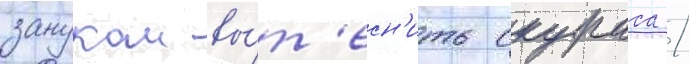
зануком вы́т'есн'ить скураса /